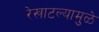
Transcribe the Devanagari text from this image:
रेखाटल्यामुळे